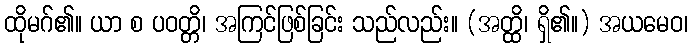
ထိုမဂ်၏။ ယာ စ ပဝတ္တိ၊ အကြင်ဖြစ်ခြင်း သည်လည်း။ (အတ္ထိ၊ ရှိ၏။) အယမေဝ၊